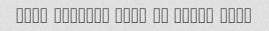
Mese hamishe awli va khosh maze